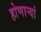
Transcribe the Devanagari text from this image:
होणाऱ्यां